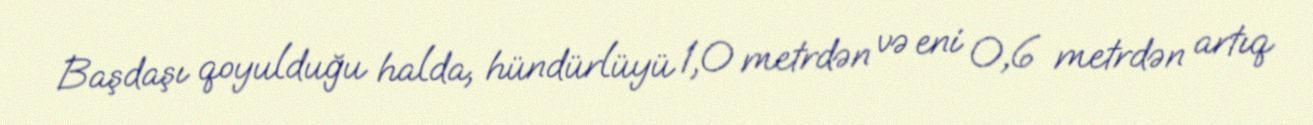
Başdaşı qoyulduğu halda, hündürlüyü 1,0 metrdən və eni 0,6 metrdən artıq